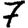
Digit: 7